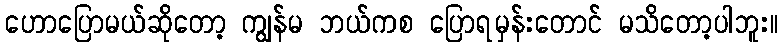
ဟောပြောမယ်ဆိုတော့ ကျွန်မ ဘယ်ကစ ပြောရမှန်းတောင် မသိတော့ပါဘူး။